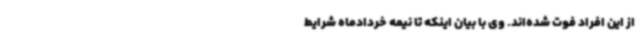
از این افراد فوت شده‌اند. وی با بیان اینکه تا نیمه خردادماه شرایط